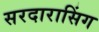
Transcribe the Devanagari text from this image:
सरदारासिंग